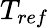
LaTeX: T_{ref}